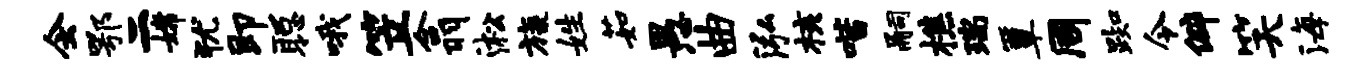
会鄂二嫦犹即聪哦笠翕淞旒姓茹愚曲泓核喈嗣樵瑞簟周踟令僻笑海